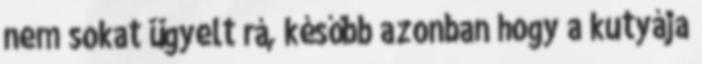
nem sokat ügyelt rá, később azonban hogy a kutyája